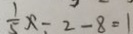
\frac { 1 } { 5 } x - 2 - 8 = 1